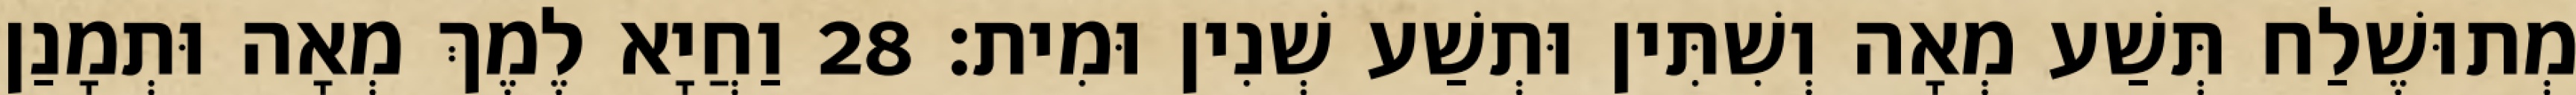
מְתוּשֶׁלַח תְּשַׁע מְאָה וְשִׁתִּין וּתְשַׁע שְׁנִין וּמִית׃ 28 וַחֲיָא לֶמֶךְ מְאָה וּתְמָנַן